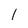
Character: l